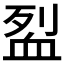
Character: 𬠼